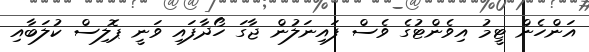
އަންހެން ޓީމު އިވެންޓުގެ ވެސް ފައިނަލުން ޖާގަ ހޯދާފައި ވަނީ ޕޮލިސް ކުލަބާއި